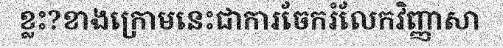
ខ្លះ?ខាងក្រោមនេះជាការចែករំលែកវិញ្ញាសា